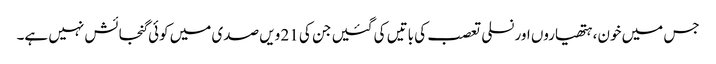
جس میں خون، ہتھیاروں اور نسلی تعصب کی باتیں کی گئیں جن کی 21 ویں صدی میں کوئی گنجائش نہیں ہے۔